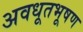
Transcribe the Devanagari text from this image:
अवधूतभूषण